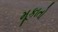
મૂકાતો